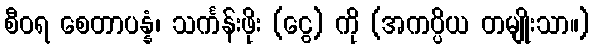
စီဝရ စေတာပန္နံ၊ သင်္ကန်းဖိုး (ငွေ) ကို (အကပ္ပိယ တမျိုးသာ။)